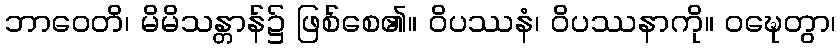
ဘာဝေတိ၊ မိမိသန္တာန်၌ ဖြစ်စေ၏။ ဝိပဿနံ၊ ဝိပဿနာကို။ ဝဍ္ဎေတွာ၊